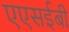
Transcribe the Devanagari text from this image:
एएसईबी